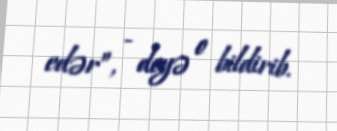
edər”, - deyə o bildirib.